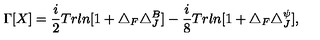
\Gamma [ X ] = \frac { i } { 2 } T r l n [ 1 + \triangle _ { F } \triangle _ { J } ^ { B } ] - \frac { i } { 8 } T r l n [ 1 + \triangle _ { F } \triangle _ { J } ^ { \psi } ] ,